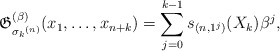
\begin{gather*}\mathfrak{G}_{{\sigma_{k}}^{(n)}}^{(\beta)}(x_1,\ldots,x_{n+k})=\sum_{j=0}^{k-1} s_{(n,1^{j})}(X_k) \beta^{j},\end{gather*}